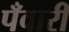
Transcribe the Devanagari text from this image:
पँवारी